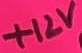
Text: +12V